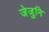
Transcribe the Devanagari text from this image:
जेजुनि